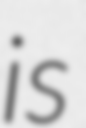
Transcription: is